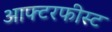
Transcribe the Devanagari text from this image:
आफ्टरफीस्ट